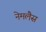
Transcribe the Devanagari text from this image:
नेमलैस